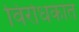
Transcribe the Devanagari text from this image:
विरोधकांत